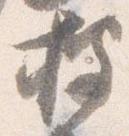
披